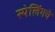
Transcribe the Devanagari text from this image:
स्पेलिंगचे